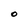
Character: O